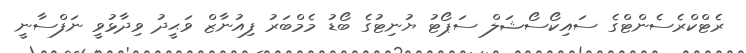
ރެޓްކްރެސެންޓްގެ ސައިކޯސޯޝަލް ސަޕޯޓު ޔުނިޓުގެ ބޯޑު މެމްބަރު ފިއުނާޒް ވަޙީދު ވިދާޅުވީ ނަފްސާނީ